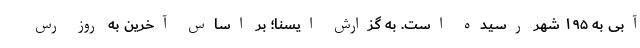
آبی به ۱۹۵ شهر رسیده است. به گزارش ایسنا؛ بر اساس آخرین به روز رس